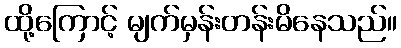
ထို့ကြောင့် မျက်မှန်းတန်းမိနေသည်။